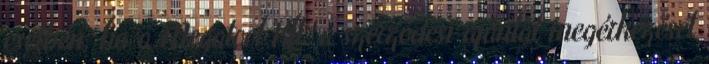
esetben, ha a Megatool Kft. a szerződési ajánlat megérkezését